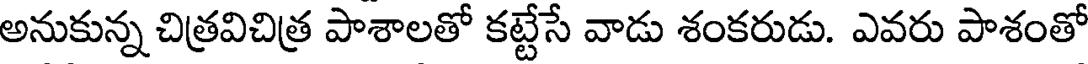
అనుకున్న చిత్రవిచిత్ర పాశాలతో కట్టేసే వాడు శంకరుడు. ఎవరు పాశంతో